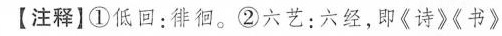
【注释】①低回：徘徊。②六艺：六经，即《诗》《书》